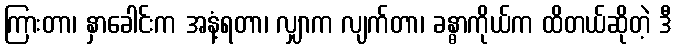
ကြားတာ၊ နှာခေါင်းက အနံ့ရတာ၊ လျှာက လျက်တာ၊ ခန္ဓာကိုယ်က ထိတယ်ဆိုတဲ့ ဒီ